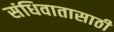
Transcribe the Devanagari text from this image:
संधिवातासाठी